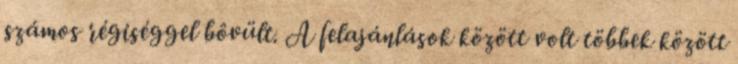
számos régiséggel bôvült. A felajánlások között volt többek között